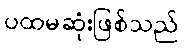
ပထမဆုံးဖြစ်သည်